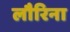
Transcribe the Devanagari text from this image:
लौरिना